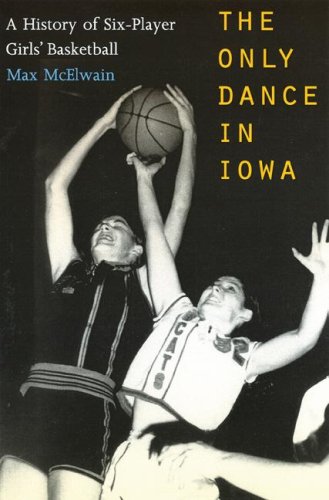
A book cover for The Only Dance in Iowa: A History of Six-Player Girls' Basketball; Dr. David (Max) McElwain Ph.D; Politics & Social Sciences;